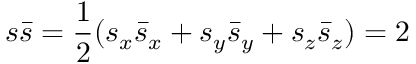
s { \bar { s } } = { \frac { 1 } { 2 } } ( s _ { x } { \bar { s } } _ { x } + s _ { y } { \bar { s } } _ { y } + s _ { z } { \bar { s } } _ { z } ) = 2